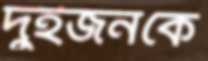
দুইজনকে